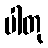
ပါတု